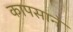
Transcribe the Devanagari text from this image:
कापसाने